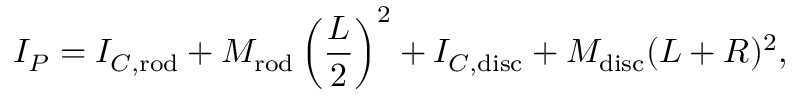
I _ { P } = I _ { C , { \mathrm { r o d } } } + M _ { \mathrm { r o d } } \left( { \frac { L } { 2 } } \right) ^ { 2 } + I _ { C , { \mathrm { d i s c } } } + M _ { \mathrm { d i s c } } ( L + R ) ^ { 2 } ,